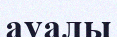
ауалы